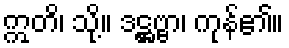
ဣတိ၊ သို့။ ဒဋ္ဌဗ္ဗာ၊ ကုန်၏။